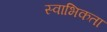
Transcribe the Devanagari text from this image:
स्वाभिकता